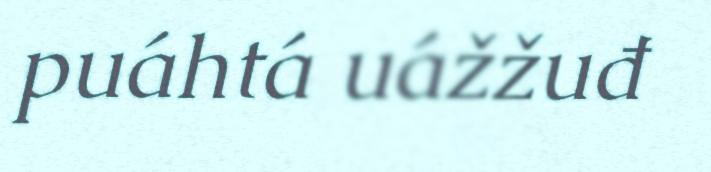
puáhtá uážžuđ